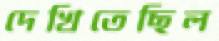
দেখিতেছিল